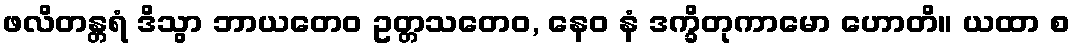
ဖလိတန္တရံ ဒိသွာ ဘာယတေဝ ဥတ္တသတေဝ, နေဝ နံ ဒက္ခိတုကာမော ဟောတိ။ ယထာ စ